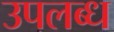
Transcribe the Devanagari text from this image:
उपल्‍ाब्‍ध